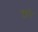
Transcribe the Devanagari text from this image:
क्ररे